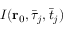
I ( \mathbf { r } _ { 0 } , \bar { \tau } _ { j } , \bar { t } _ { j } )